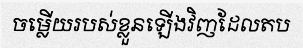
ចម្លើយរបស់ខ្លួនឡើងវិញដែលតប